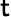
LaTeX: \mathsf{t}